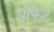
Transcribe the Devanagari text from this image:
प्रौफेट